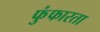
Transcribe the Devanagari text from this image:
फुंफारता